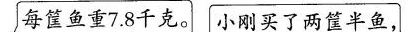
每筐鱼重7.8千克。 小刚买了两筐半鱼，